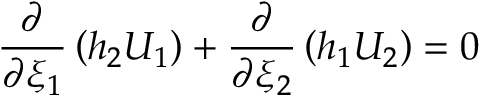
\frac { \partial } { \partial \xi _ { 1 } } \left( h _ { 2 } U _ { 1 } \right) + \frac { \partial } { \partial \xi _ { 2 } } \left( h _ { 1 } U _ { 2 } \right) = 0